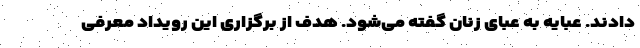
دادند. عبایه به عبای زنان گفته می‌شود. هدف از برگزاری این رویداد معرفی